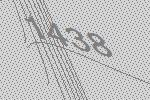
1438